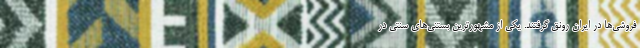
فروشی‌ها در ایران رونق گرفتند. یکی از مشهورترین بستنی‌های سنتی در